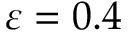
\varepsilon = 0 . 4